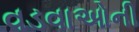
વડવાઓની